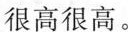
很高很高。